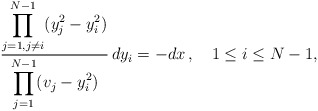
\begin{align*}{\displaystyle\prod_{j=1,j\neq i}^{N-1} (y_{j}^{2}-y_{i}^{2})\over\displaystyle\prod_{j=1}^{N-1} (v_{j}-y_{i}^{2})}\, dy_{i} = - dx\, ,\quad 1\leq i\leq N-1,\end{align*}